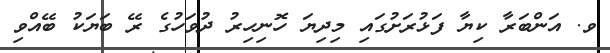
ވ. އަންބަރާ ކިޔާ ފަޅުރަށުގައި މިދިޔަ ހޮނިހިރު ދުވަހުގެ ރޭ ބަޔަކު ބޭއްވި